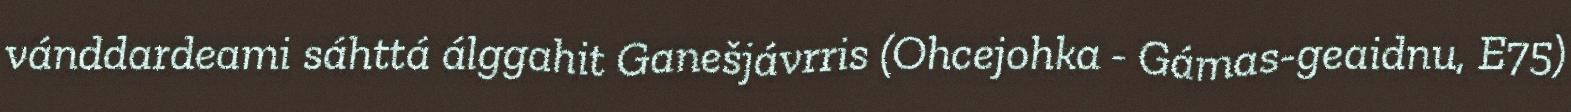
vánddardeami sáhttá álggahit Ganešjávrris (Ohcejohka - Gámas-geaidnu, E75)